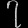
Digit: ၇